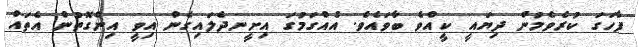
ފާހަގަ ކުރެވެމުން ދިޔައީ ކީއްވެ ބާވައެވެ. އެއްގަމުގަ އިށީނދެލައިގެން އިވީ އިންގޮތުން އެތައް